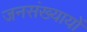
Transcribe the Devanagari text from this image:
जनसंख्यायों